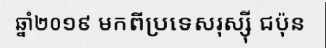
ឆ្នាំ២០១៩ មកពីប្រទេសរុស្ស៊ី ជប៉ុន